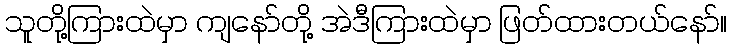
သူတို့ကြားထဲမှာ ကျနော်တို့ အဲဒီကြားထဲမှာ ဖြတ်ထားတယ်နော်။